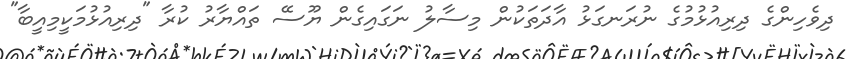
ދިވެހިންގެ ދިރިއުޅުމުގެ ނުރަނގަޅު އާދަތަކުން މިސާލު ނަގައިގެން ޔޫސޭ ތައްޔާރު ކުރާ "ދިރިއުޅުމަކީމިއީބާ"